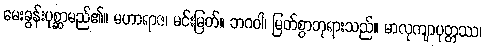
မေးခွန်းပုစ္ဆာမည်၏။ မဟာရာဇ၊ မင်းမြတ်။ ဘဂဝါ၊ မြတ်စွာဘုရားသည်။ မာလုကျာပုတ္တဿ၊